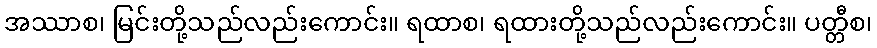
အဿာစ၊ မြင်းတို့သည်လည်းကောင်း။ ရထာစ၊ ရထားတို့သည်လည်းကောင်း။ ပတ္တီစ၊